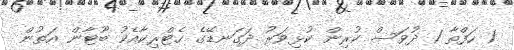
1 ހަފްތާ 1 ދުވަސް ކުރިން ކުޅިވަރު ދަގަނޑޭގެ ހެޓްރިކާއެކު ބޫޓާން އަތުން